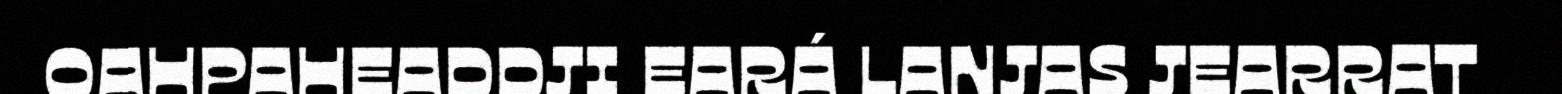
OAHPAHEADDJI EARÁ LANJAS JEARRAT